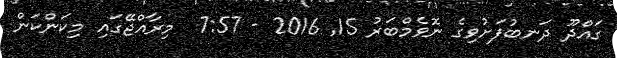
ގައްދޫ ދަނބުފަށުވިގެ ނޮވެމްބަރު 15